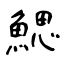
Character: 鰓